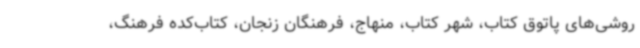
روشی‌های پاتوق کتاب، شهر کتاب، منهاج، فرهنگان زنجان، کتاب‌کده فرهنگ،